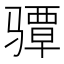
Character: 𱅪